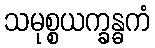
သမုစ္စယက္ခန္ဓကံ